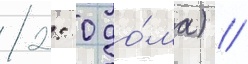
2: 0 до́ма) /